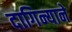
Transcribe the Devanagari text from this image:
दागिन्याने